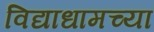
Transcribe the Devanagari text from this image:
विद्याधामच्या